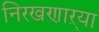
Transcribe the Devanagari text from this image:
निरखणाऱ्या